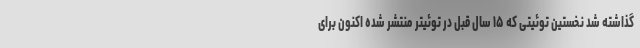
گذاشته شد نخستین توئیتی که ۱۵ سال قبل در توئیتر منتشر شده اکنون برای